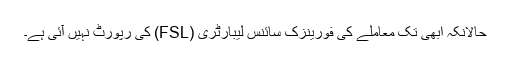
حالانکہ ابھی تک معاملے کی فورینزک سائنس لیبارٹری (FSL) کی رپورٹ نہیں آئی ہے۔